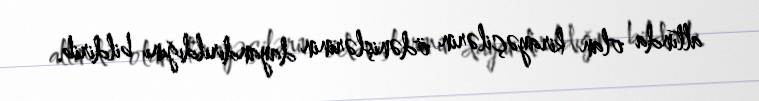
altında olan kirayəçilərin ödənişlərinin dayandırıldığını bildirib.